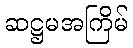
ဆဋ္ဌမအကြိမ်